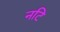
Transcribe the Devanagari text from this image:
नटि